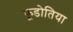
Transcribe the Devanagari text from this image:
फूडोतिया